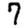
Digit: 7